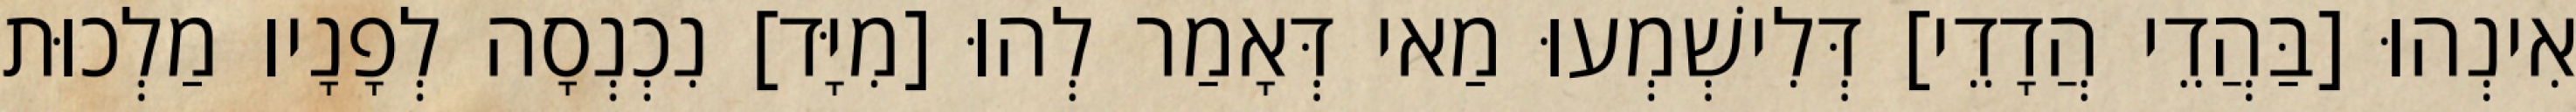
אִינְהוּ [בַּהֲדֵי הֲדָדֵי] דְּלִישְׁמְעוּ מַאי דְּאָמַר לְהוּ [מִיָּד] נִכְנְסָה לְפָנָיו מַלְכוּת